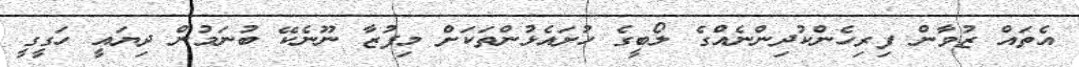
އެތައް ޒުވާން ފިރިހެންކުދިންނެއްގެ ލޯބީގެ ހުށައެޅުންތަކަށް މިފުޒާ ނޫނެކޭ ބުނަމުން ދިޔައީ ހަގީގީ